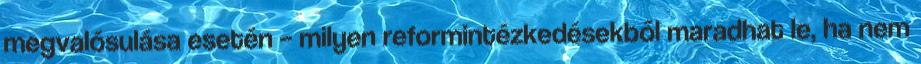
megvalósulása esetén – milyen reformintézkedésekből maradhat le, ha nem